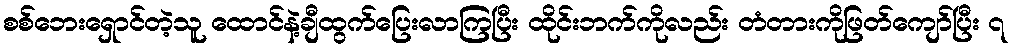
စစ်ဘေးရှောင်တဲ့သူ ထောင်နဲ့ချီထွက်ပြေးလာကြပြီး ထိုင်းဘက်ကိုလည်း တံတားကိုဖြတ်ကျော်ပြီး ၇